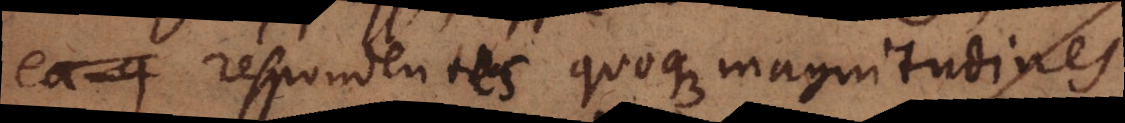
ea q respondentes quoque magnitudines